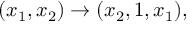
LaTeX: ( x _ { 1 } , x _ { 2 } ) \to ( x _ { 2 } , 1 , x _ { 1 } ) ,